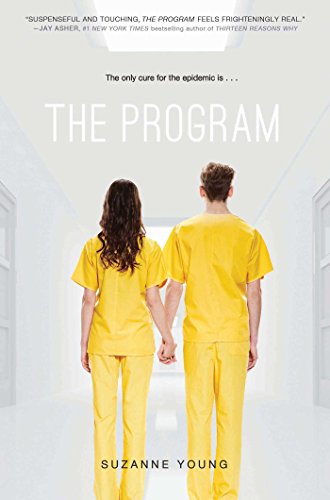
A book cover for The Program; Suzanne Young; Teen & Young Adult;